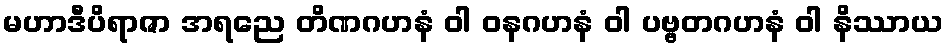
မဟာဒီပိရာဇာ အရညေ တိဏဂဟနံ ဝါ ဝနဂဟနံ ဝါ ပဗ္ဗတဂဟနံ ဝါ နိဿာယ